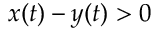
x ( t ) - y ( t ) > 0